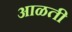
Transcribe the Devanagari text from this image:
आळती